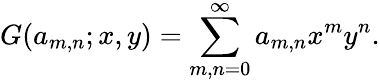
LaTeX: G(a_{m,n};x,y)=\sum_{m,n=0}^{\infty}a_{m,n}x^{m}y^{n}.